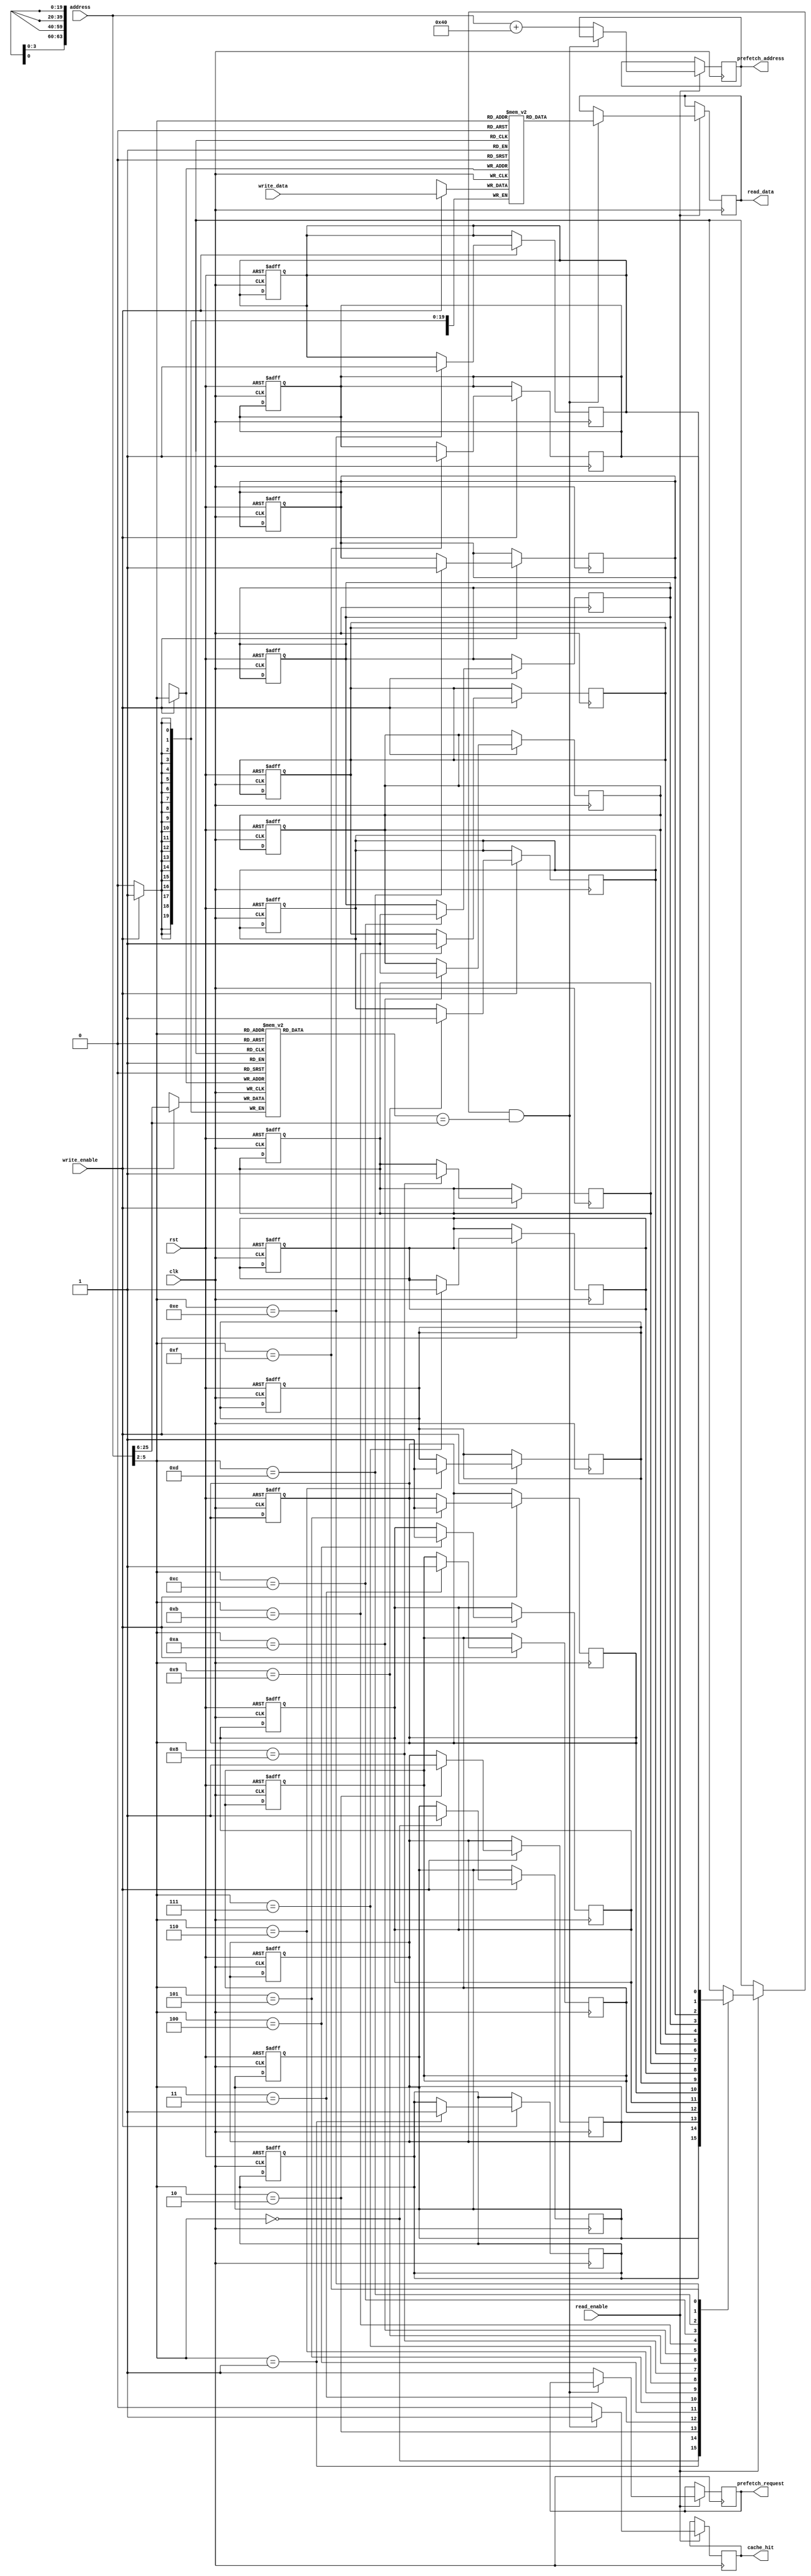
module io_prefetch_cache #(
    parameter LINE_SIZE = 64,      // Cache line size in bytes
    parameter CACHE_LINES = 16,     // Total lines in the cache
    parameter TAG_SIZE = 20          // Size of the tag (depends on address width)
)(
    input wire clk,
    input wire rst,
    input wire [31:0] address,      // Address for read/write
    input wire [LINE_SIZE-1:0] write_data,  // Data to write
    input wire read_enable,
    input wire write_enable,
    output reg cache_hit,
    output reg [LINE_SIZE-1:0] read_data,
    output reg prefetch_request,      // Indicate a prefetch request
    output reg [31:0] prefetch_address // Address for prefetch
);

    // Cache line structure
    reg [TAG_SIZE-1:0] cache_tag [CACHE_LINES-1:0];
    reg [LINE_SIZE-1:0] cache_data [CACHE_LINES-1:0];
    reg valid [CACHE_LINES-1:0];
    reg dirty [CACHE_LINES-1:0];

    // Eviction policy tracking
    reg [CACHE_LINES-1:0] lru_counter; // LRU counter for cache lines

    // Calculate index from address
    wire [3:0] index = address[5:2]; // Assuming 16 lines, so 4 bits for index
    wire [TAG_SIZE-1:0] tag = address[31:6]; // Remaining bits for tag

    integer i;

    // Prefetch address (simple stride-based example)
    always @(posedge clk) begin
        if (read_enable) begin
            // Check for cache hit
            if (valid[index] && (cache_tag[index] == tag)) begin
                cache_hit <= 1;
                read_data <= cache_data[index];
            end else begin
                cache_hit <= 0;
                // Handle cache miss (fetch from memory not implemented in this example)
                // Here, you would issue a fetch to memory and then prefetch next address
                prefetch_request <= 1;
                prefetch_address <= address + LINE_SIZE; // Example stride prefetch
            end
        end
        if (write_enable) begin
            // Example write-through cache operation
            cache_data[index] <= write_data;
            valid[index] <= 1;
            cache_tag[index] <= tag;
            dirty[index] <= 0; // Reset dirty flag on write-through
        end
    end

    // Initialization
    always @(posedge clk or posedge rst) begin
        if (rst) begin
            for (i = 0; i < CACHE_LINES; i = i + 1) begin
                valid[i] <= 0;
                dirty[i] <= 0;
                lru_counter[i] <= 0;
            end
        end
    end

    // NOTE: This design is a simplified version. You would typically include mechanisms 
    // for handling cache evictions, updating the dirty bits, and memory fetch logic.

endmodule